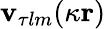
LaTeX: \mathbf{v}_{\tau lm}(\kappa\mathbf{r})